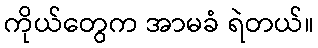
ကိုယ်တွေက အာမခံ ရဲတယ်။